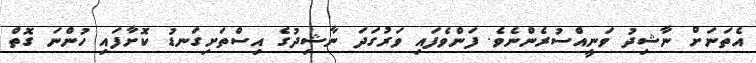
އެތަނަށް ނާޝިދު ވަނީއްސުރެންނެވެ. ފަންވެފައި ވަރުގަދަ ނާޝިދުގެ އިސްތަށިގަނޑު ކޮށާފައި ހުންނަ ގޮތް